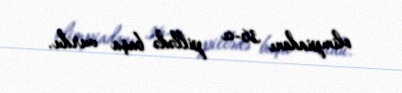
olimpiadanı 36-cı pillədə başa vurdu.